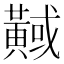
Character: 𪏇